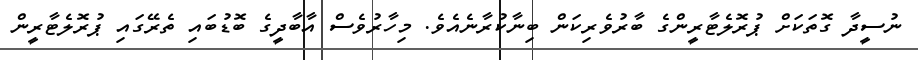
ނުސީދާ ގޮތަކަށް ޕުރޮލެޓާރީންގެ ބާރުވެރިކަން ބިނާކުރާނެއެވެ. މިހާރުވެސް އާބާދީގެ ބޮޑުބައި ތެރޭގައި ޕުރޮލެޓާރީން